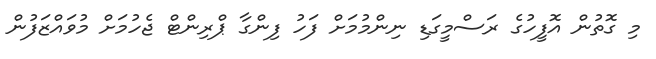
މި ގޮތުން އޮފީހުގެ ރަސްމީގަޑި ނިންމުމަށް ފަހު ފިންގާ ޕްރިންޓް ޖެހުމަށް މުވައްޒަފުން